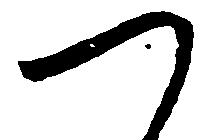
つ